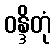
ဝန္ဒိတုံ